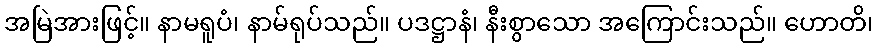
အမြဲအားဖြင့်။ နာမရူပံ၊ နာမ်ရုပ်သည်။ ပဒဋ္ဌာနံ၊ နီးစွာသော အကြောင်းသည်။ ဟောတိ၊